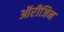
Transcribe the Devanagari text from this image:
ऑरीजिन